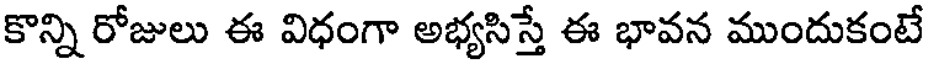
కొన్ని రోజులు ఈ విధంగా అభ్యసిస్తే ఈ భావన ముందుకంటే